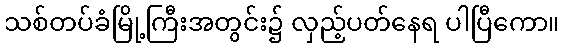
သစ်တပ်ခံမြို့ကြီးအတွင်း၌ လှည့်ပတ်နေရ ပါပြီကော။